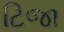
ટિજા